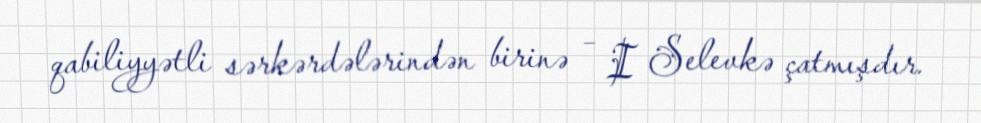
qabiliyyətli sərkərdələrindən birinə – I Selevkə çatmışdır.